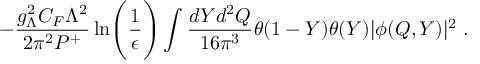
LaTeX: - { \frac { g _ { \Lambda } ^ { 2 } C _ { F } \Lambda ^ { 2 } } { 2 \pi ^ { 2 } P ^ { + } } } \ln \Biggl ( { \frac { 1 } { \epsilon } } \Biggr ) \int { \frac { d Y d ^ { 2 } Q } { 1 6 \pi ^ { 3 } } } \theta ( 1 - Y ) \theta ( Y ) | \phi ( Q , Y ) | ^ { 2 } \; .